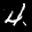
Label: 4